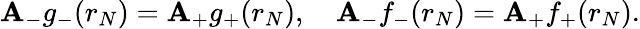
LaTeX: \mathbf{A}_{-}g_{-}(r_{N})=\mathbf{A}_{+}g_{+}(r_{N}),\quad\mathbf{A}_{-}f_{-}(r_{N})=\mathbf{A}_{+}f_{+}(r_{N}).